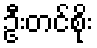
ဦးတင်စိုး